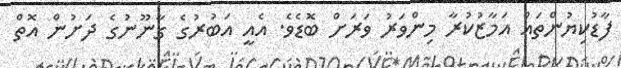
ފާޑުކިޔުންތައް އަމާޒުކުރާ މިންވަރު ވަރަށް ބޮޑެވެ. އެއީ އަބުރުގެ ގާނޫނުގެ ދަށުން އޮތް